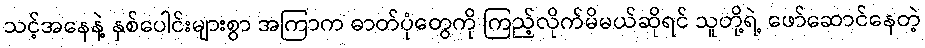
သင့်အနေနဲ့ နှစ်ပေါင်းများစွာ အကြာက ဓာတ်ပုံတွေကို ကြည့်လိုက်မိမယ်ဆိုရင် သူတို့ရဲ့ ဖော်ဆောင်နေတဲ့